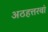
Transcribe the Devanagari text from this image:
अठहत्तरवां